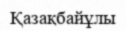
Қазақбайұлы